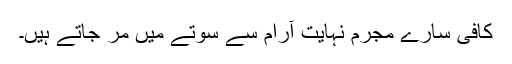
کافی سارے مجرم نہایت آرام سے سوتے میں مر جاتے ہیں۔